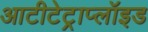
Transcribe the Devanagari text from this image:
आटीटेट्राप्लॉइड